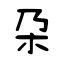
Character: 朶